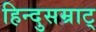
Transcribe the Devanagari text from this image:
हिन्दुसम्राट्